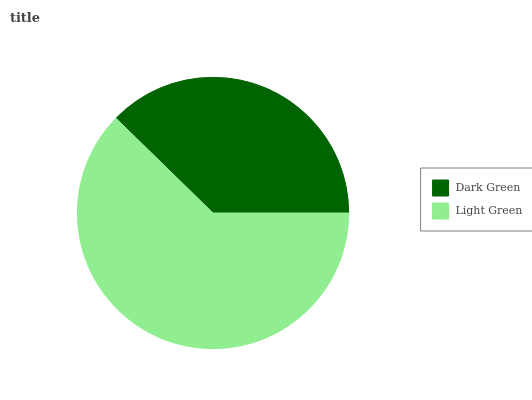
| Dark Green | Light Green |
 | --- | --- |
 | 37.7% | 62.3% |